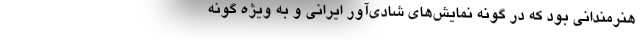
هنرمندانی بود که در گونه نمایش‌های شادی‌آور ایرانی و به ویژه گونه